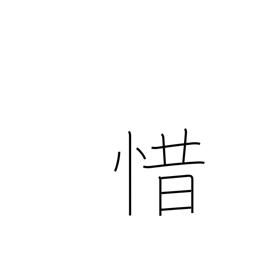
Meaning: stingy